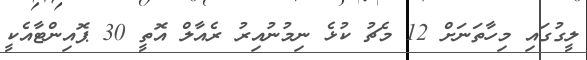
ލީގުގައި މިހާތަނަށް 12 މެޗު ކުޅެ ނިމުނުއިރު ރެއާލް އޮތީ 30 ޕޮއިންޓާއެކީ